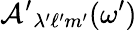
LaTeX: \mathcal{A^{\prime}}_{\lambda^{\prime}\ell^{\prime}m^{\prime}}(\omega^{\prime})